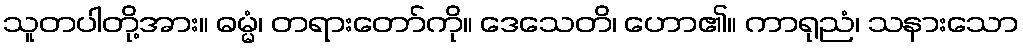
သူတပါတို့အား။ ဓမ္မံ၊ တရားတော်ကို။ ဒေသေတိ၊ ဟော၏။ ကာရုညံ၊ သနားသော